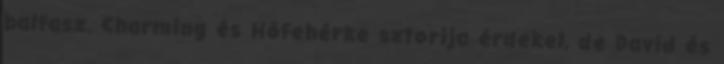
balfasz. Charming és Hófehérke sztorija érdekel, de David és